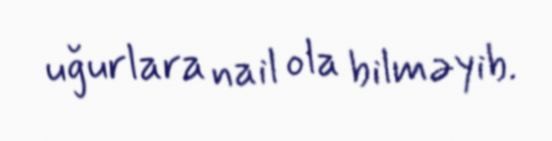
uğurlara nail ola bilməyib.